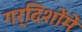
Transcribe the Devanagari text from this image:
गर्दिशोंमें